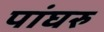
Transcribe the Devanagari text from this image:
पांघरु